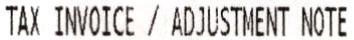
TAX INVOICE / ADJUSTMENT NOTE